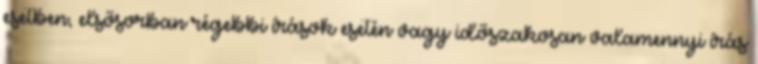
esetben, elsősorban régebbi írások esetén vagy időszakosan valamennyi írás